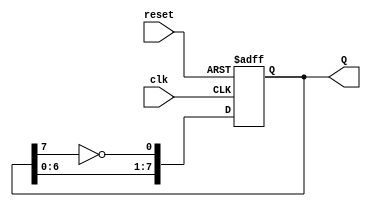
module johnson_counter (
    input wire clk,          // Clock input
    input wire reset,        // Asynchronous reset input
    output reg [7:0] Q       // 8-bit output representing the state of the counter
);

// Always block for the Johnson counter operation
always @(posedge clk or posedge reset) begin
    if (reset) begin
        // Asynchronous reset: Set the counter to 00000000
        Q <= 8'b00000000;
    end else begin
        // Johnson counter logic
        Q <= {Q[6:0], ~Q[7]};
    end
end

endmodule